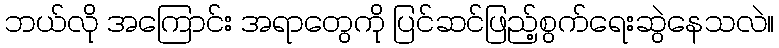
ဘယ်လို အကြောင်း အရာတွေကို ပြင်ဆင်ဖြည့်စွက်ရေးဆွဲနေသလဲ။